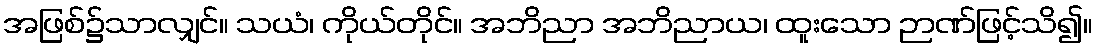
အဖြစ်၌သာလျှင်။ သယံ၊ ကိုယ်တိုင်။ အဘိညာ အဘိညာယ၊ ထူးသော ဉာဏ်ဖြင့်သိ၍။